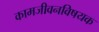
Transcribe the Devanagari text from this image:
कामजीवनविषयक